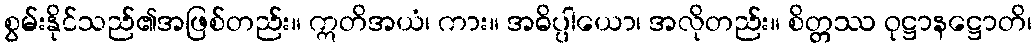
စွမ်းနိုင်သည်၏အဖြစ်တည်း။ ဣတိအယံ၊ ကား။ အဓိပ္ပါယော၊ အလိုတည်း။ စိတ္တဿ ဝုဋ္ဌာနဋ္ဌောတိ၊